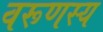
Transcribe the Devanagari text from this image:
वरूणस्य